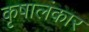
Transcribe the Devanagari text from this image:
कृषालंकार